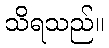
သိရသည်။